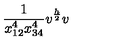
\frac { 1 } { x _ { 1 2 } ^ { 4 } x _ { 3 4 } ^ { 4 } } v ^ { \frac { h } { 2 } } v \,